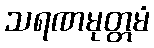
သရဏမုတ္တမံ